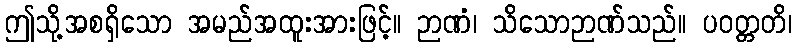
ဤသို့အစရှိသော အမည်အထူးအားဖြင့်။ ဉာဏံ၊ သိသောဉာဏ်သည်။ ပဝတ္တတိ၊